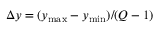
\Delta y = ( y _ { \operatorname* { m a x } } - y _ { \operatorname* { m i n } } ) / ( Q - 1 )